Code of medical and sanitary regulations for the guidance of medical officers serving in the Madras Presidency - Volume II
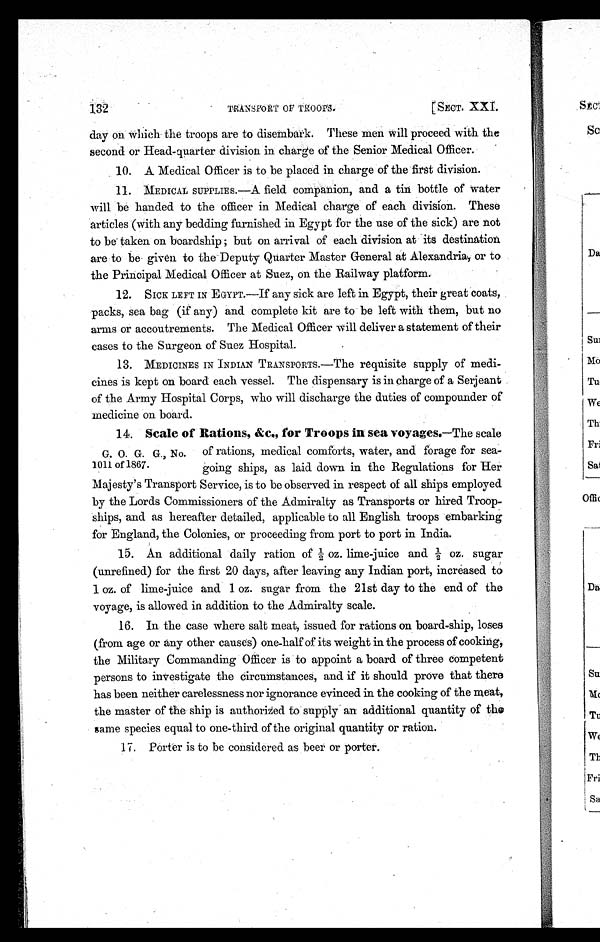
132
TRANSPORT OF TROOPS.
[SECT. XXI.
day on which the troops are to disembark. These men will proceed with the
second or Head-quarter division in charge of the Senior Medical Officer.
10. A Medical Officer is to be placed in charge of the first division.
11. MEDICAL SUPPLIES.—A field companion, and a tin bottle of water
will be handed to the officer in Medical charge of each division. These
articles (with any bedding furnished in Egypt for the use of the sick) are not
to be taken on boardship ; but on arrival of each division at its destination
are to be given to the Deputy Quarter Master General at Alexandria, or to
the Principal Medical Officer at Suez, on the Railway platform.
12. SICK LEFT IN EGYPT.—If any sick are left in Egypt, their great coats,
packs, sea bag (if any) and complete kit are to be left with them, but no
arms or accoutrements. The Medical Officer will deliver a statement of their
cases to the Surgeon of Suez Hospital.
13. MEDICINES IN INDIAN TRANSPORTS.—The requisite supply of medi-
cines is kept on board each vessel. The dispensary is in charge of a Serjeant
of the Army Hospital Corps, who will discharge the duties of compounder of
medicine on board.
14. Scale of Rations, &c., for Troops in sea voyages .—The scale
of rations, medical comforts, water, and forage for sea
going ships, as laid down in the Regulations for Her
Majesty's Transport Service, is to be observed in respect of all ships employed
by the Lords Commissioners of the Admiralty as Transports or hired Troop
-ships, and as hereafter detailed, applicable to all English troops embarking
for England, the Colonies, or proceeding from port to port in India.
15. An additional daily ration of ½ oz. lime juice and ½ oz. sugar
(unrefined) for the first 20 days, after leaving any Indian port, increased to
1 oz. of lime juiceand 1 oz. sugar from the 21st day to the end of the
voyage, is allowed in addition to the Admiralty scale.
16. In the case where salt meat, issued for rations on board-ship, loses
(from age or any other causes) one-half of its weight in the process of cooking,
the Military Commanding Officer is to appoint a board of three competent
persons to investigate the circumstances, and if it should prove that there
has been neither carelessness nor ignorance evinced in the cooking of the meat,
the master of the ship is authorized to supply an additional quantity of the
game species equal to one-third of the original quantity or ration.
17. Porter is to be considered as beer or porter.
G. O. G. G., No.
1011 of 1867.